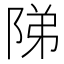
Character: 𨹥